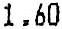
1.60